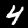
Label: 4